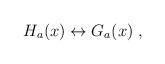
LaTeX: \begin{align*}H_a (x) \leftrightarrow G_a (x)\;,\end{align*}